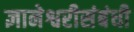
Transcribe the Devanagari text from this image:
ज्ञानेश्वरीसंबंधी